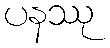
ပနဿု